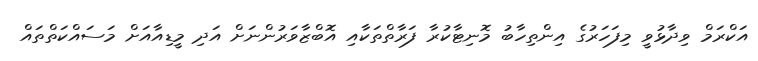
އަކްރަމް ވިދާޅުވީ މިފަހަރުގެ އިންތިހާބު މޮނިޓާކުރާ ފަރާތްތަކާއި އޮބްޒާވަރުންނަށް އަދި މީޑިއާއަށް މަސައްކަތްތައް